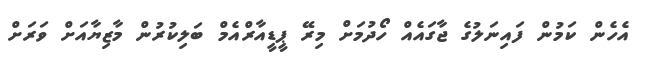
އެހެން ކަމުން ފައިނަލުގެ ޖާގައެއް ހޯދުމަށް މިރޭ ޕީޑީއާރްއެމް ބަލިކުރުން މާޒިޔާއަށް ވަރަށް